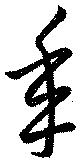
年